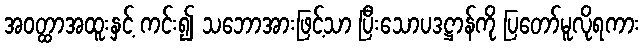
အဝတ္ထာအထူးနှင့် ကင်း၍ သဘောအားဖြင့်သာ ပြီးသောပဒဋ္ဌာန်ကို ပြတော်မူလိုရကား